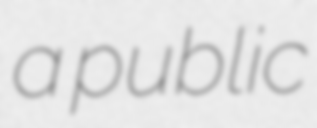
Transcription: a public